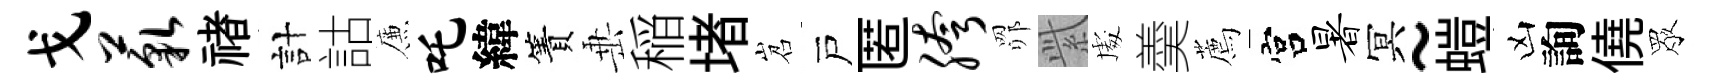
戈藐禇計詁簾吒緯簀𡸁稲堵岧戸匿胯𦊑𬗋䖏羮薦宫暑冥~螘凶詢僥眾